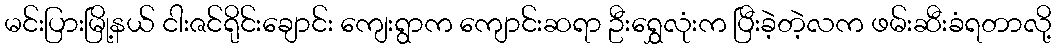
မင်းပြားမြို့နယ် ငါးဇင်ရိုင်းချောင်း ကျေးရွာက ကျောင်းဆရာ ဦးရွှေလုံးက ပြီးခဲ့တဲ့လက ဖမ်းဆီးခံရတာလို့